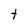
Character: t